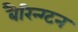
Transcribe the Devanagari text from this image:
बैरिन्ग्टन